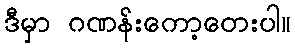
ဒီမှာ ဂဏန်းကော့တေးပါ။